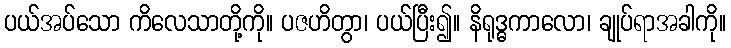
ပယ်အပ်သော ကိလေသာတို့ကို။ ပဇဟိတွာ၊ ပယ်ပြီး၍။ နိရုဒ္ဓကာလော၊ ချုပ်ရာအခါကို။